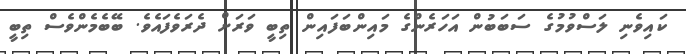
ކައިވެނި ލަސްވުމުގެ ސަބަބުން އަހަރެންގެ މައިންބަފައިން ތިބީ ވަރަށް ދެރަވެފައެވެ. ބޭބެމެންވެސް ތިބީ